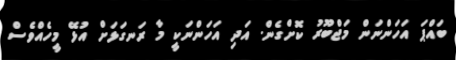
ބައްޕަ އަހަންނަން މަޖްބޫރު ކޮށްގެން. އަދި އަހަންނަކީ މާ ރަނގަޅަށް އުޅޭ މީހެއްވެސް